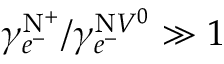
{ \gamma _ { e ^ { - } } ^ { \mathrm { N } ^ { + } } } / { \gamma _ { e ^ { - } } ^ { \mathrm { N } V ^ { 0 } } } \gg 1